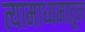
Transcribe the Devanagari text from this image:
त्यामाध्यमातून